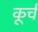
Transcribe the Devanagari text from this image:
कूर्च